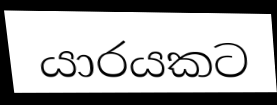
යාරයකට